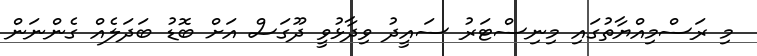
މި ރަސްމިއްޔާތުގައި މިނިސްޓަރު ސައީދު ވިދާޅުވީ ދޫގަސް އަށް ބޮޑު ބަދަލެއް ގެންނަން